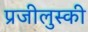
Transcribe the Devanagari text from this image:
प्रजीलुस्की